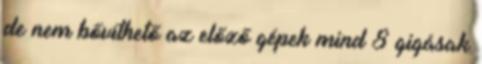
de nem bővíthető az előző gépek mind 8 gigásak